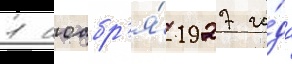
1 ноабр'я́ 1927 го́да